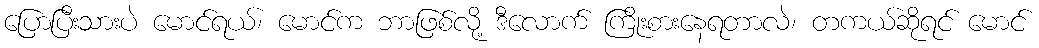
ပြောပြီးသားပဲ မောင်ရယ်၊ မောင်က ဘာဖြစ်လို့ ဒီလောက် ကြိုးစားနေရတာလဲ၊ တကယ်ဆိုရင် မောင်